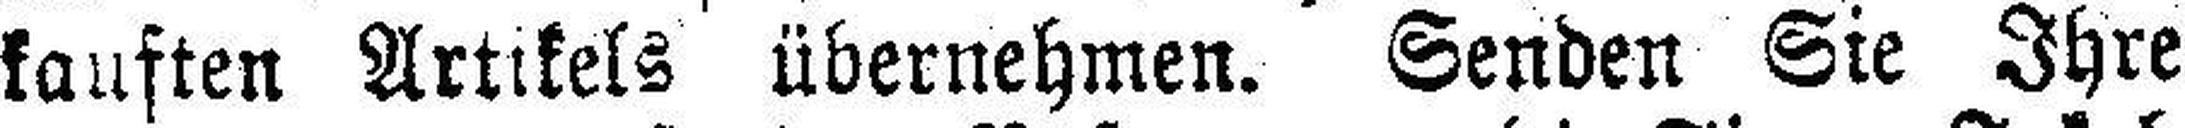
kauften Artikels übernehmen. Senden Sie Ihre